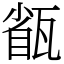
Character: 㼳